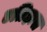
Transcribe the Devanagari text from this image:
एतिहास